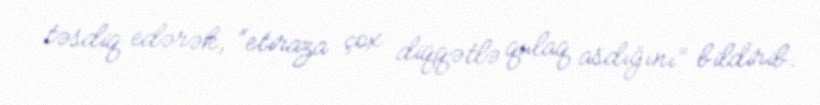
təsdiq edərək, “etiraza çox diqqətlə qulaq asdığını” bildirib.